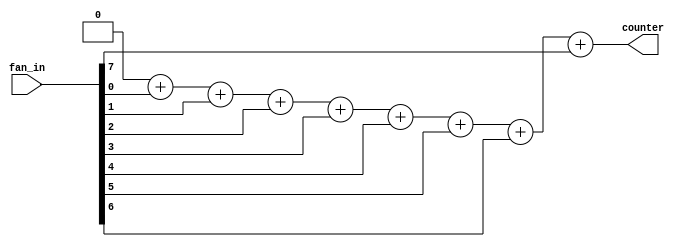
`default_nettype none
`timescale 1ns/1ns

module spk_counter #(
    parameter NUM = 8
)(
    input       [NUM-1 :0]    fan_in,
    output reg  [7     :0]    counter // TODO: why reg?
    );

    integer i;

    always @ (fan_in)
    begin
        counter = 0;  //initialize count variable.
        for(i = 0; i < NUM; i = i + 1)   //for all the bits.
            counter = counter + fan_in[i]; //Add the bit to the count.
    end

endmodule